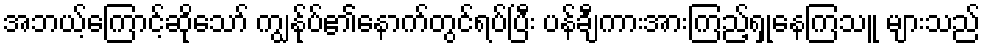
အဘယ့်ကြောင့်ဆိုသော် ကျွန်ုပ်၏နောက်တွင်ရပ်ပြီး ပန်ချီကားအားကြည့်ရှုနေကြသူ များသည်